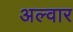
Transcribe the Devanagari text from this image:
अल्वार